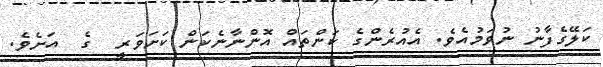
ކަލޭގެފާނު ނުވަމުއެވެ. އެއުރެންގެ ކަންތައް އޮންނާނެކަން ކަށަވަރީ  ގެ  އަށެވެ.